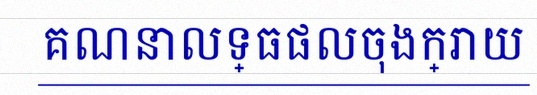
គណនាលទ្ធផលចុងក្រោយ